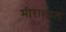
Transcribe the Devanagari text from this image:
मीरालाल